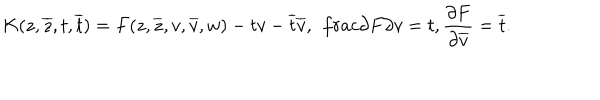
K ( z , \overline { { { z } } } , t , \overline { { { t } } } ) = F ( z , \overline { { { z } } } , v , \overline { { { v } } } , w ) - t v - \overline { { { t } } } \overline { { { v } } } , \ \, \frac { \partial F } { \partial v } = t , \frac { \partial F } { \partial \overline { { { v } } } } = \overline { { { t } } } .